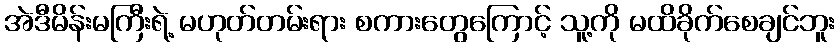
အဲဒီမိန်းမကြီးရဲ့ မဟုတ်တမ်းရား စကားတွေကြောင့် သူ့ကို မထိခိုက်စေချင်ဘူး